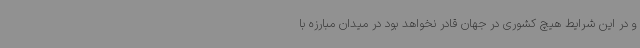
و در این شرایط هیچ کشوری در جهان قادر نخواهد بود در میدان مبارزه با